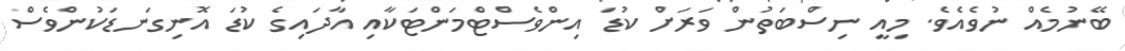
ބޭނުމެއް ނުވެއެވެ. މިއީ ނިސްބަތުން ވަރަށް ކުޑަ އިންވެސްޓްމަންޓަކާއި އާދައިގެ ކުޑަ އޮނިގަނޑަކުންވެސް